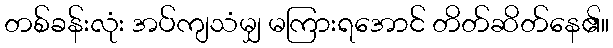
တစ်ခန်းလုံး အပ်ကျသံမျှ မကြားရအောင် တိတ်ဆိတ်နေ၏။